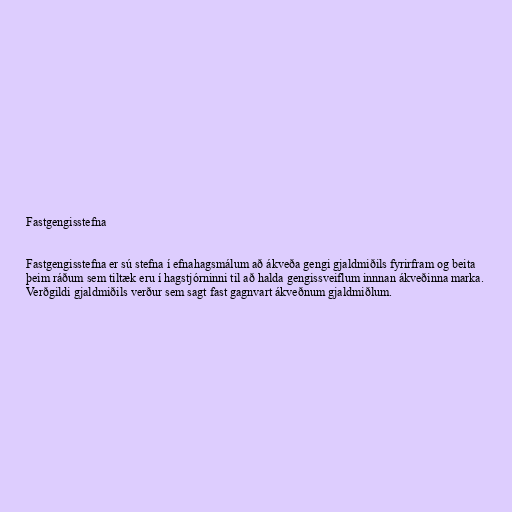
Fastgengisstefna

Fastgengisstefna er sú stefna í efnahagsmálum að ákveða gengi gjaldmiðils fyrirfram og beita
þeim ráðum sem tiltæk eru í hagstjórninni til að halda gengissveiflum innnan ákveðinna marka.
Verðgildi gjaldmiðils verður sem sagt fast gagnvart ákveðnum gjaldmiðlum.